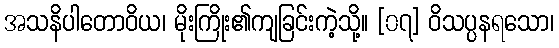
အသနိပါတောဝိယ၊ မိုးကြိုး၏ကျခြင်းကဲ့သို့။ [၀၇] ဝိသပ္ပနရသော၊